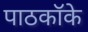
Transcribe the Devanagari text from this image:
पाठकॉके